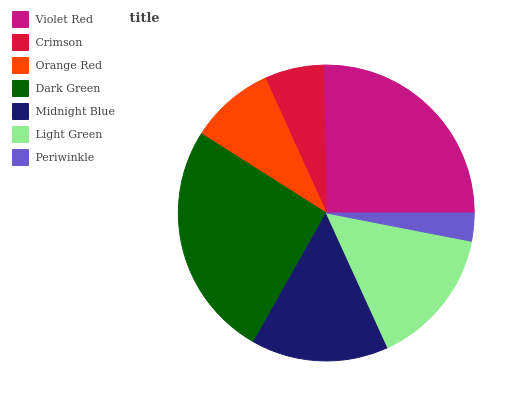
| Violet Red | Crimson | Orange Red | Dark Green | Midnight Blue | Light Green | Periwinkle |
 | --- | --- | --- | --- | --- | --- | --- |
 | 25.3% | 6.46% | 9.23% | 25.8% | 15% | 15.1% | 3.06% |